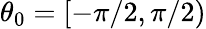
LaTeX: \theta_{0}=[-\pi/2,\pi/2)